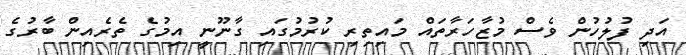
އަދި ފުލުހުން ވެސް މުޒާހަރާތައް މައިތިރި ކުރުމުގައި ގާނޫނީ އިމުގެ ތެރެއިން ބާރުގެ